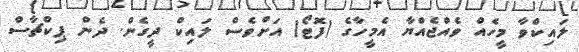
ލައިކްވާ މީހެއް ވެއްޖެއްޔާ އެމީހާގެ (ފޮޓޯ) އަށްވެސް ލައިކް ދީގެން. ދެން ޕިކްޗާސް